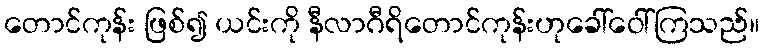
တောင်ကုန်း ဖြစ်၍ ယင်းကို နီလာဂီရိတောင်ကုန်းဟုခေါ်ဝေါ်ကြသည်။